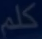
كلم